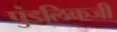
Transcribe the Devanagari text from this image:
पुंडलिकजी